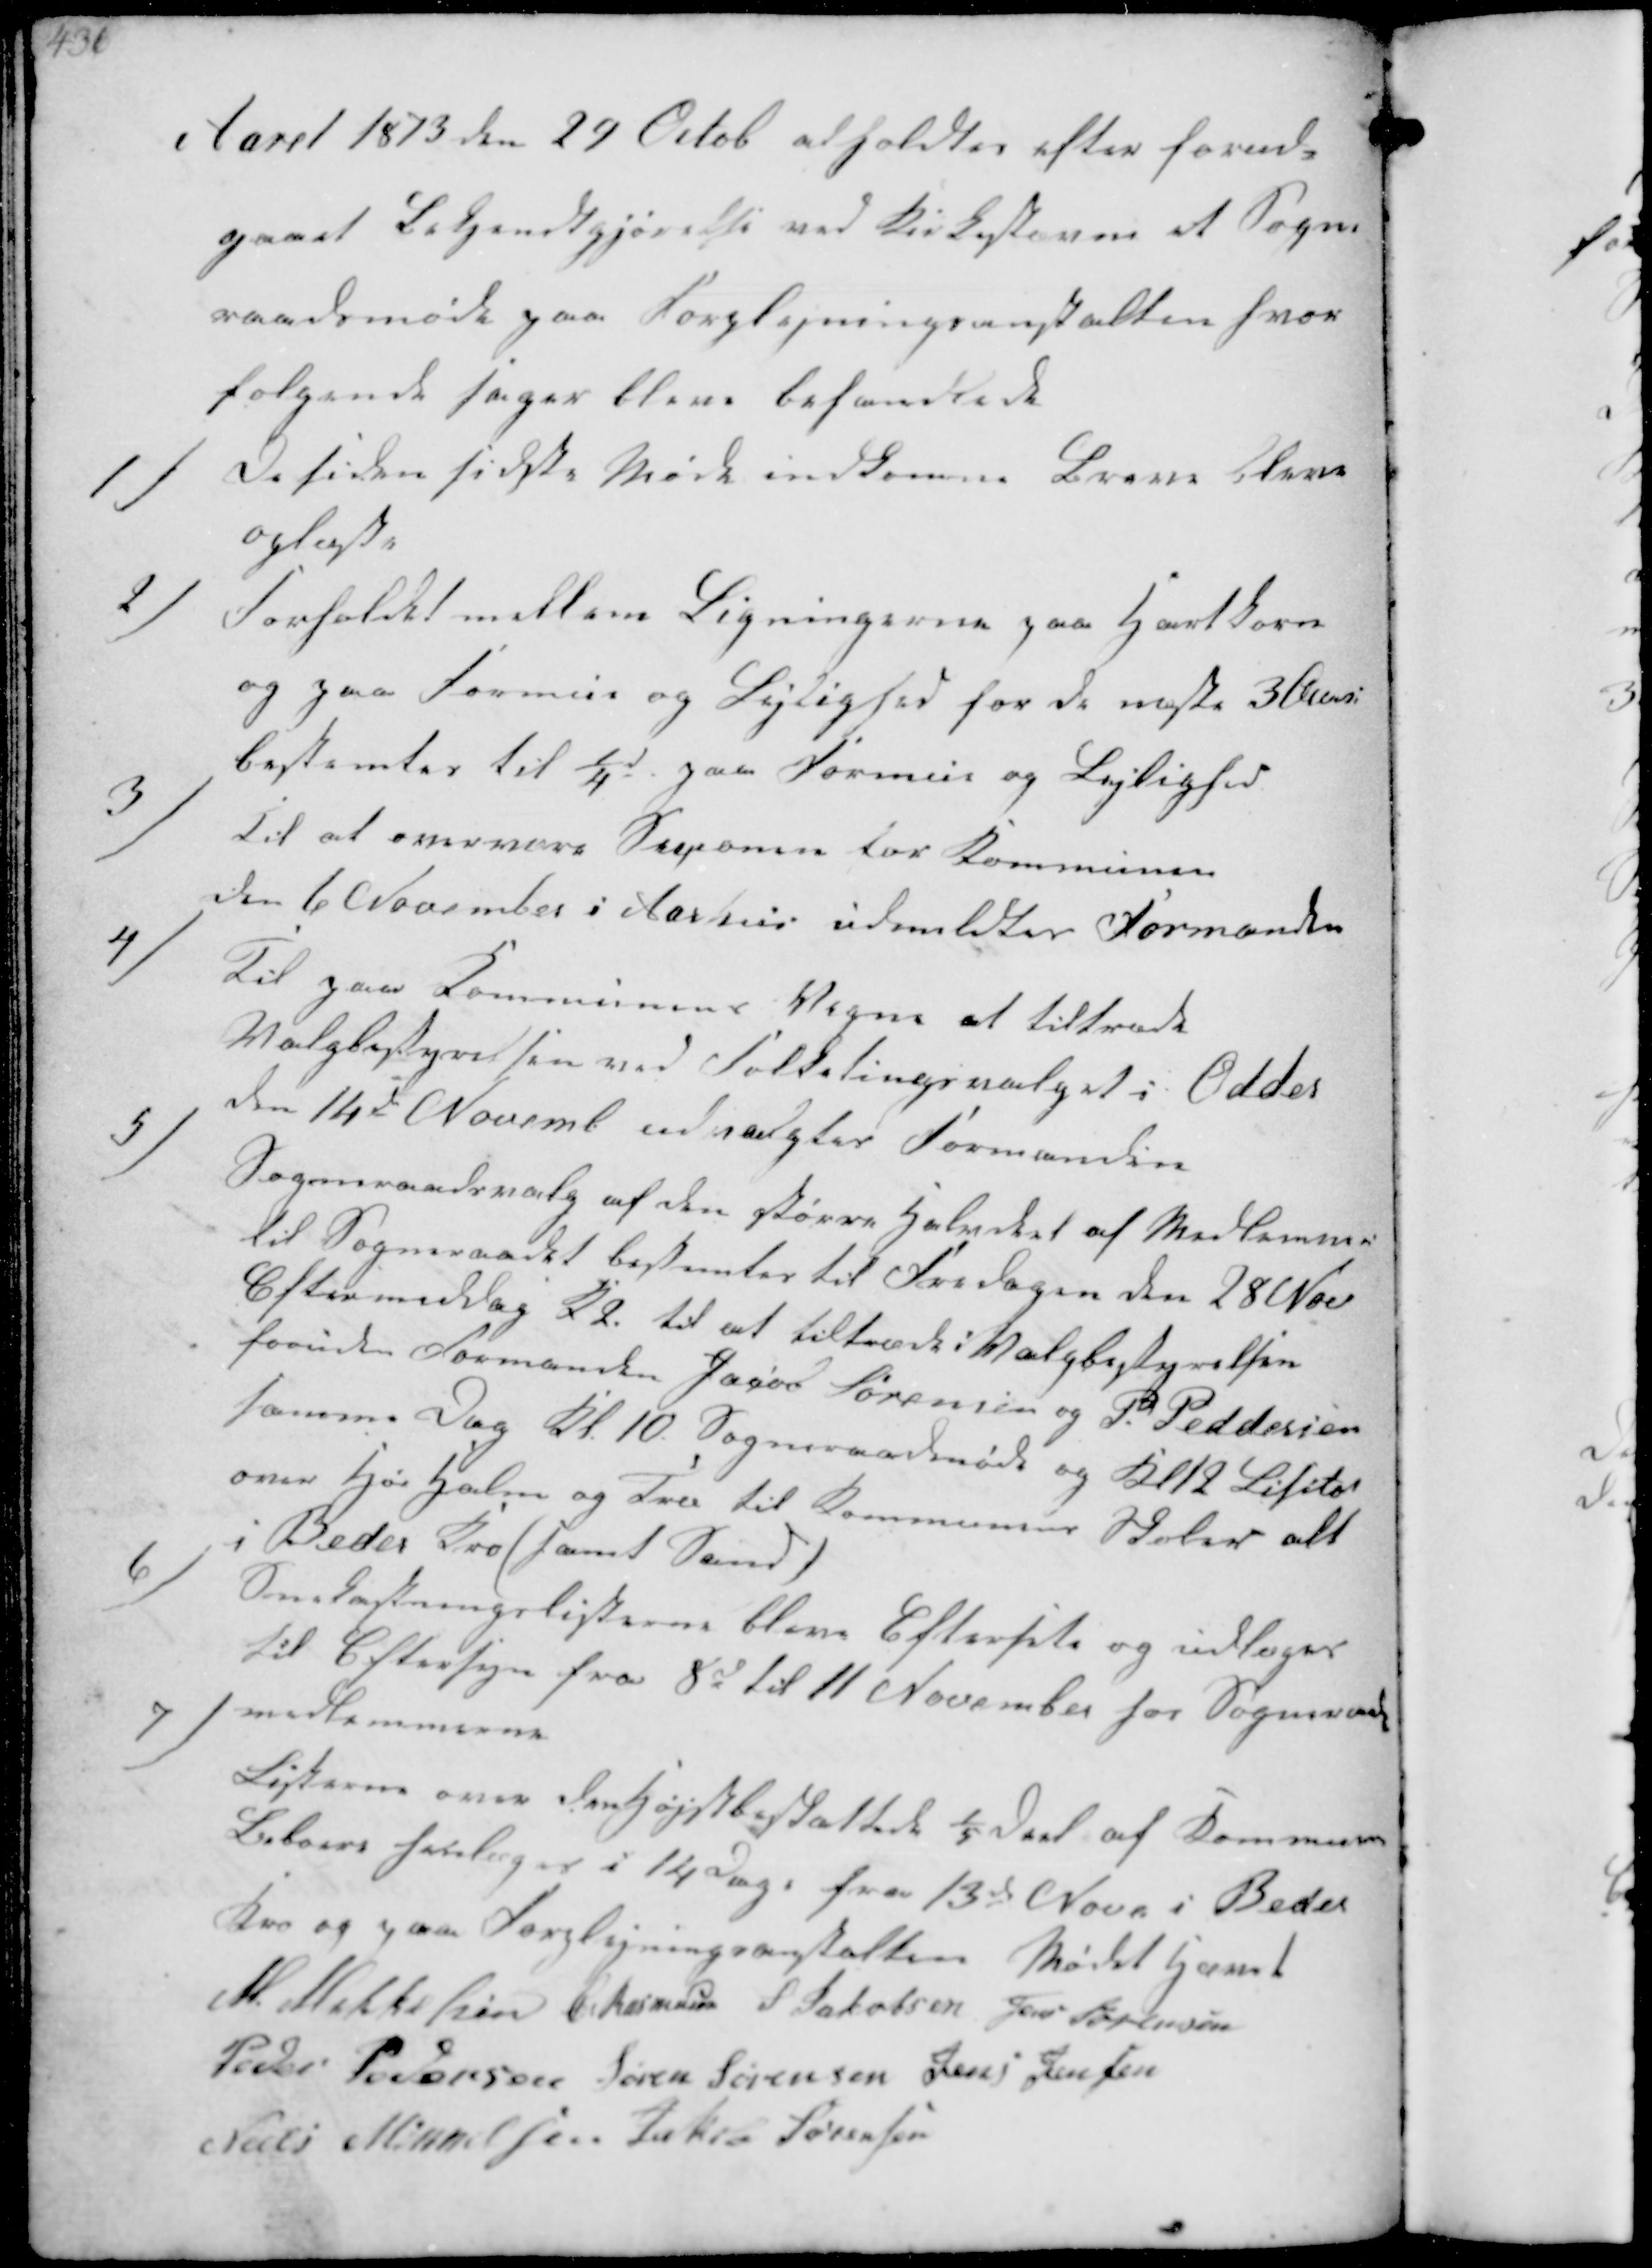
Transskription:
Aaret 1873 den 29 Octob afholdtes efter forud-
gaaet Bekjendtgjørelse ved Kirkestævne et Sogne-
raadsmøde paa Forplejningsanstalten hvor
følgende sager bleve behandlede

1/
De siden sidste Møde indkomne Breve bleve
oplæste.

2/
Forholdet mellem Ligningerne paa Hartkorn
og paa Formue og Lejlighed for de næste 3 Aar
bestemtes til ¼ paa Formue og Lejlighed

3/
Til at overvære Sessionen for Kommunen
den 6 November i Aarhus udmeldtes Formanden

4/
Til paa Kommunens Vegne at tiltræde
Valgbestyrelsen med Folkedingsvalget i Odder
den 14de Novemb udvalgtes Formanden

5/

Sogneraadsvalg af den større Halvdel af Medlemmer
til Sogneraadet bestemtes til Fredagen den 28 Nov
Eftermiddag K 2. til at tiltræde i Valgbestyrelsen
foruden Formanden Jacob Sørensen og P. Peddersen
samme Dag Kl. 10. Sogneraadmøde og Kl 12 Lisito
over Hø Halm og Træ til Kommunen holdes alt
i Beder Kro (samt Sand)

6/

Snekastningslisterne bleve Eftersete og udlæges
Til Eftersyn fra 8d til 11 November hos Sogneraads-
medlemmerne

7/

Listerne over den Højstbeskattede ⅕ Del af Kommunen
Listen forelæges i 14 dage fra 13d Nove i Beder
Kro og paa Forplejningsantalten Mødet hævet
M Mikkelsen C Rasmussen S Jakobsen Jens Sørensen
Peder Pedersen Søren Sørensen Jens Jensen
Niels Mikkelsen Jakob Sørensen